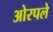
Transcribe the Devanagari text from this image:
ओरपले